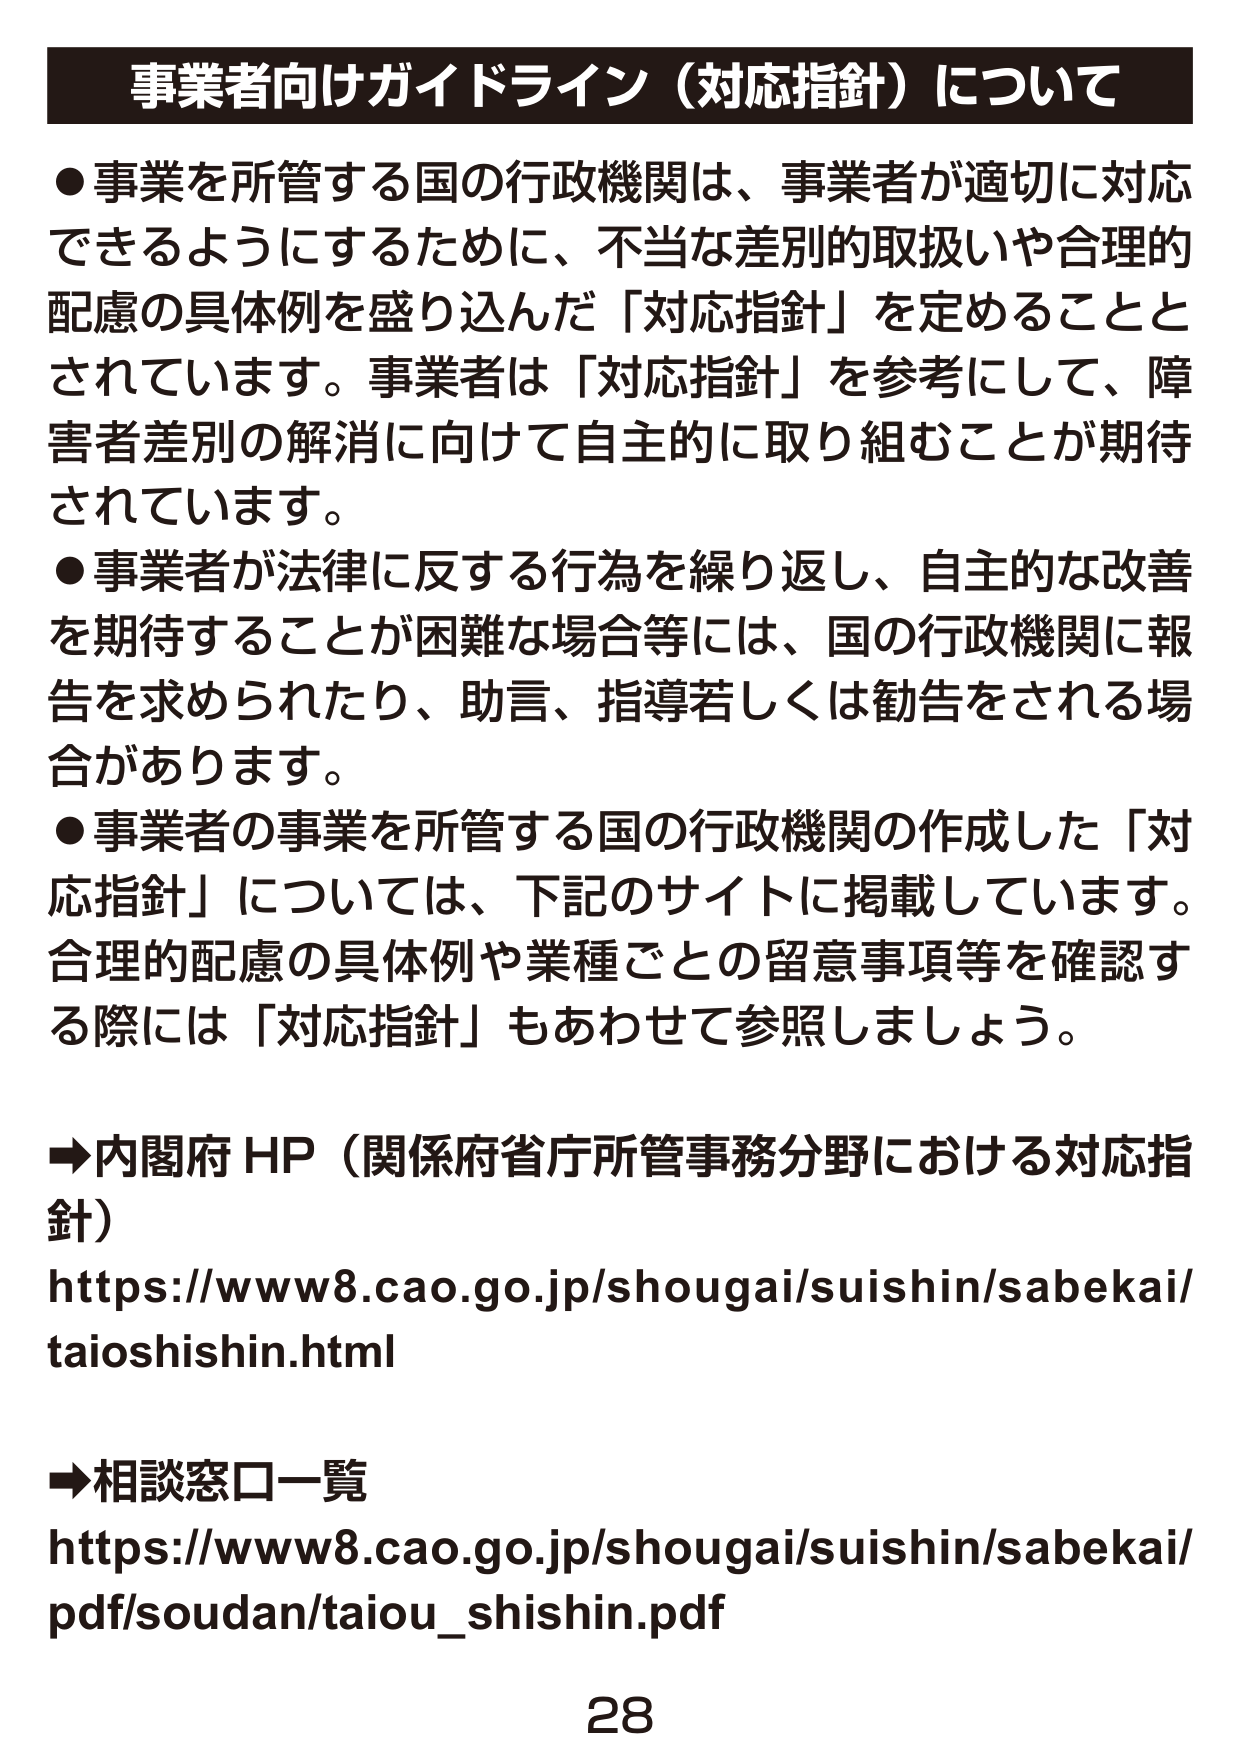
事業者向けガイドライン（対応指針）について

●事業を所管する国の行政機関は、事業者が適切に対応できるようにするために、不当な差別的取扱いや合理的配慮の具体例を盛り込んだ「対応指針」を定めることとされています。事業者は「対応指針」を参考にして、障害者差別の解消に向けて自主的に取り組むことが期待されています。

●事業者が法律に反する行為を繰り返し、自主的な改善を期待することが困難な場合等には、国の行政機関に報告を求められたり、助言、指導若しくは勧告をされる場合があります。

●事業者の事業を所管する国の行政機関の作成した「対応指針」については、下記のサイトに掲載しています。合理的配慮の具体例や業種ごとの留意事項等を確認する際には「対応指針」もあわせて参照しましょう。

→内閣府 HP（関係府省庁所管事務分野における対応指針）
https://www8.cao.go.jp/shougai/suishin/sabekai/taioshishin.html

→相談窓口一覧
https://www8.cao.go.jp/shougai/suishin/sabekai/pdf/soudan/taiou_shishin.pdf

28